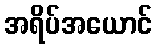
အရိပ်အယောင်